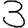
Digit: 3